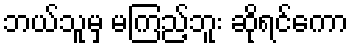
ဘယ်သူမှ မကြည့်ဘူး ဆိုရင်ကော